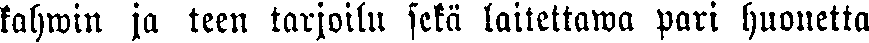
kahwin ja teen tarjoili sekä laitettama pari huonetta